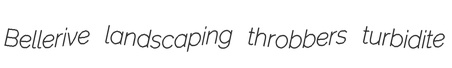
Bellerive landscaping throbbers turbidite